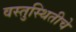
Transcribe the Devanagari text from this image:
वस्तुस्थितीचे